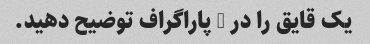
یک قایق را در 3 پاراگراف توضیح دهید.